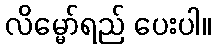
လိမ္မော်ရည် ပေးပါ။